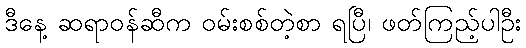
ဒီနေ့ ဆရာဝန်ဆီက ဝမ်းစစ်တဲ့စာ ရပြီ၊ ဖတ်ကြည့်ပါဦး